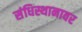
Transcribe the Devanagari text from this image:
संधिस्थानावर